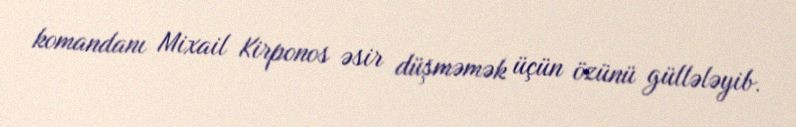
komandanı Mixail Kirponos əsir düşməmək üçün özünü güllələyib.